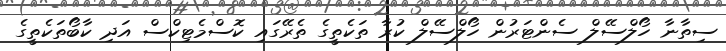
ސިތާނާ ހޯލްސޭލް ސެންޓަރުން ހޯލްސޭލް ކުރާ ތަކެތީގެ ތެރޭގައި ކޮސްމެޓިކްސް އަދި ކާބޯތަކެތީގެ